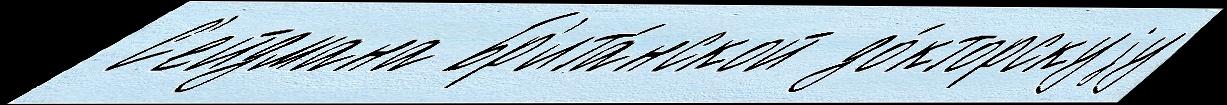
 С'ейдмана Бр'ита́нской до́кторскуjу